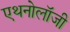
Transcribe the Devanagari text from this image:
एथनोलॉजी